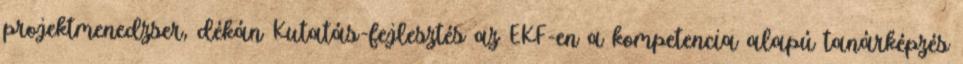
projektmenedzser, dékán Kutatás-fejlesztés az EKF-en a kompetencia alapú tanárképzés